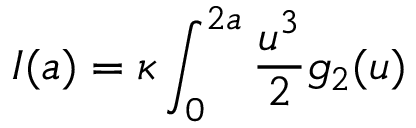
I ( a ) = \kappa \int _ { 0 } ^ { 2 a } { \frac { u ^ { 3 } } { 2 } } g _ { 2 } ( u )